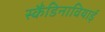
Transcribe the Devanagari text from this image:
स्कैंडिनावियाई